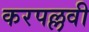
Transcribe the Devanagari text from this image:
करपल्लवी